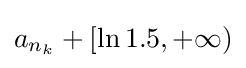
a_{n_{k}}+[\ln 1.5,+\infty )